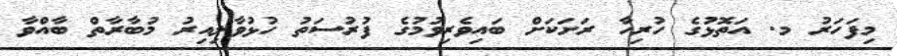
މިފަހަރު މ. އަތޮޅުގެ ހުރިހާ ރަށަކަށް ބައިވެރިވުމުގެ ފުރުސަތު ހުޅުވާލިއިރު މުބާރާތް ބާއްވާ